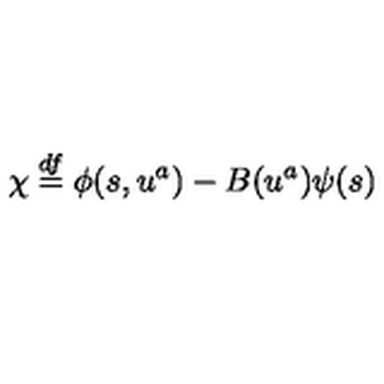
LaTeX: \chi \stackrel { d f } { = } \phi ( s , u ^ { a } ) - B ( u ^ { a } ) \psi ( s )